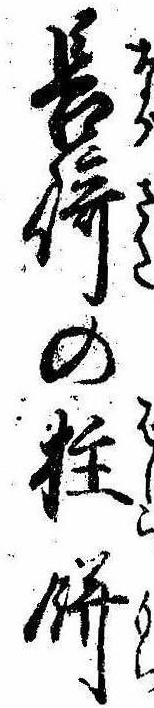
長崎の柱餅